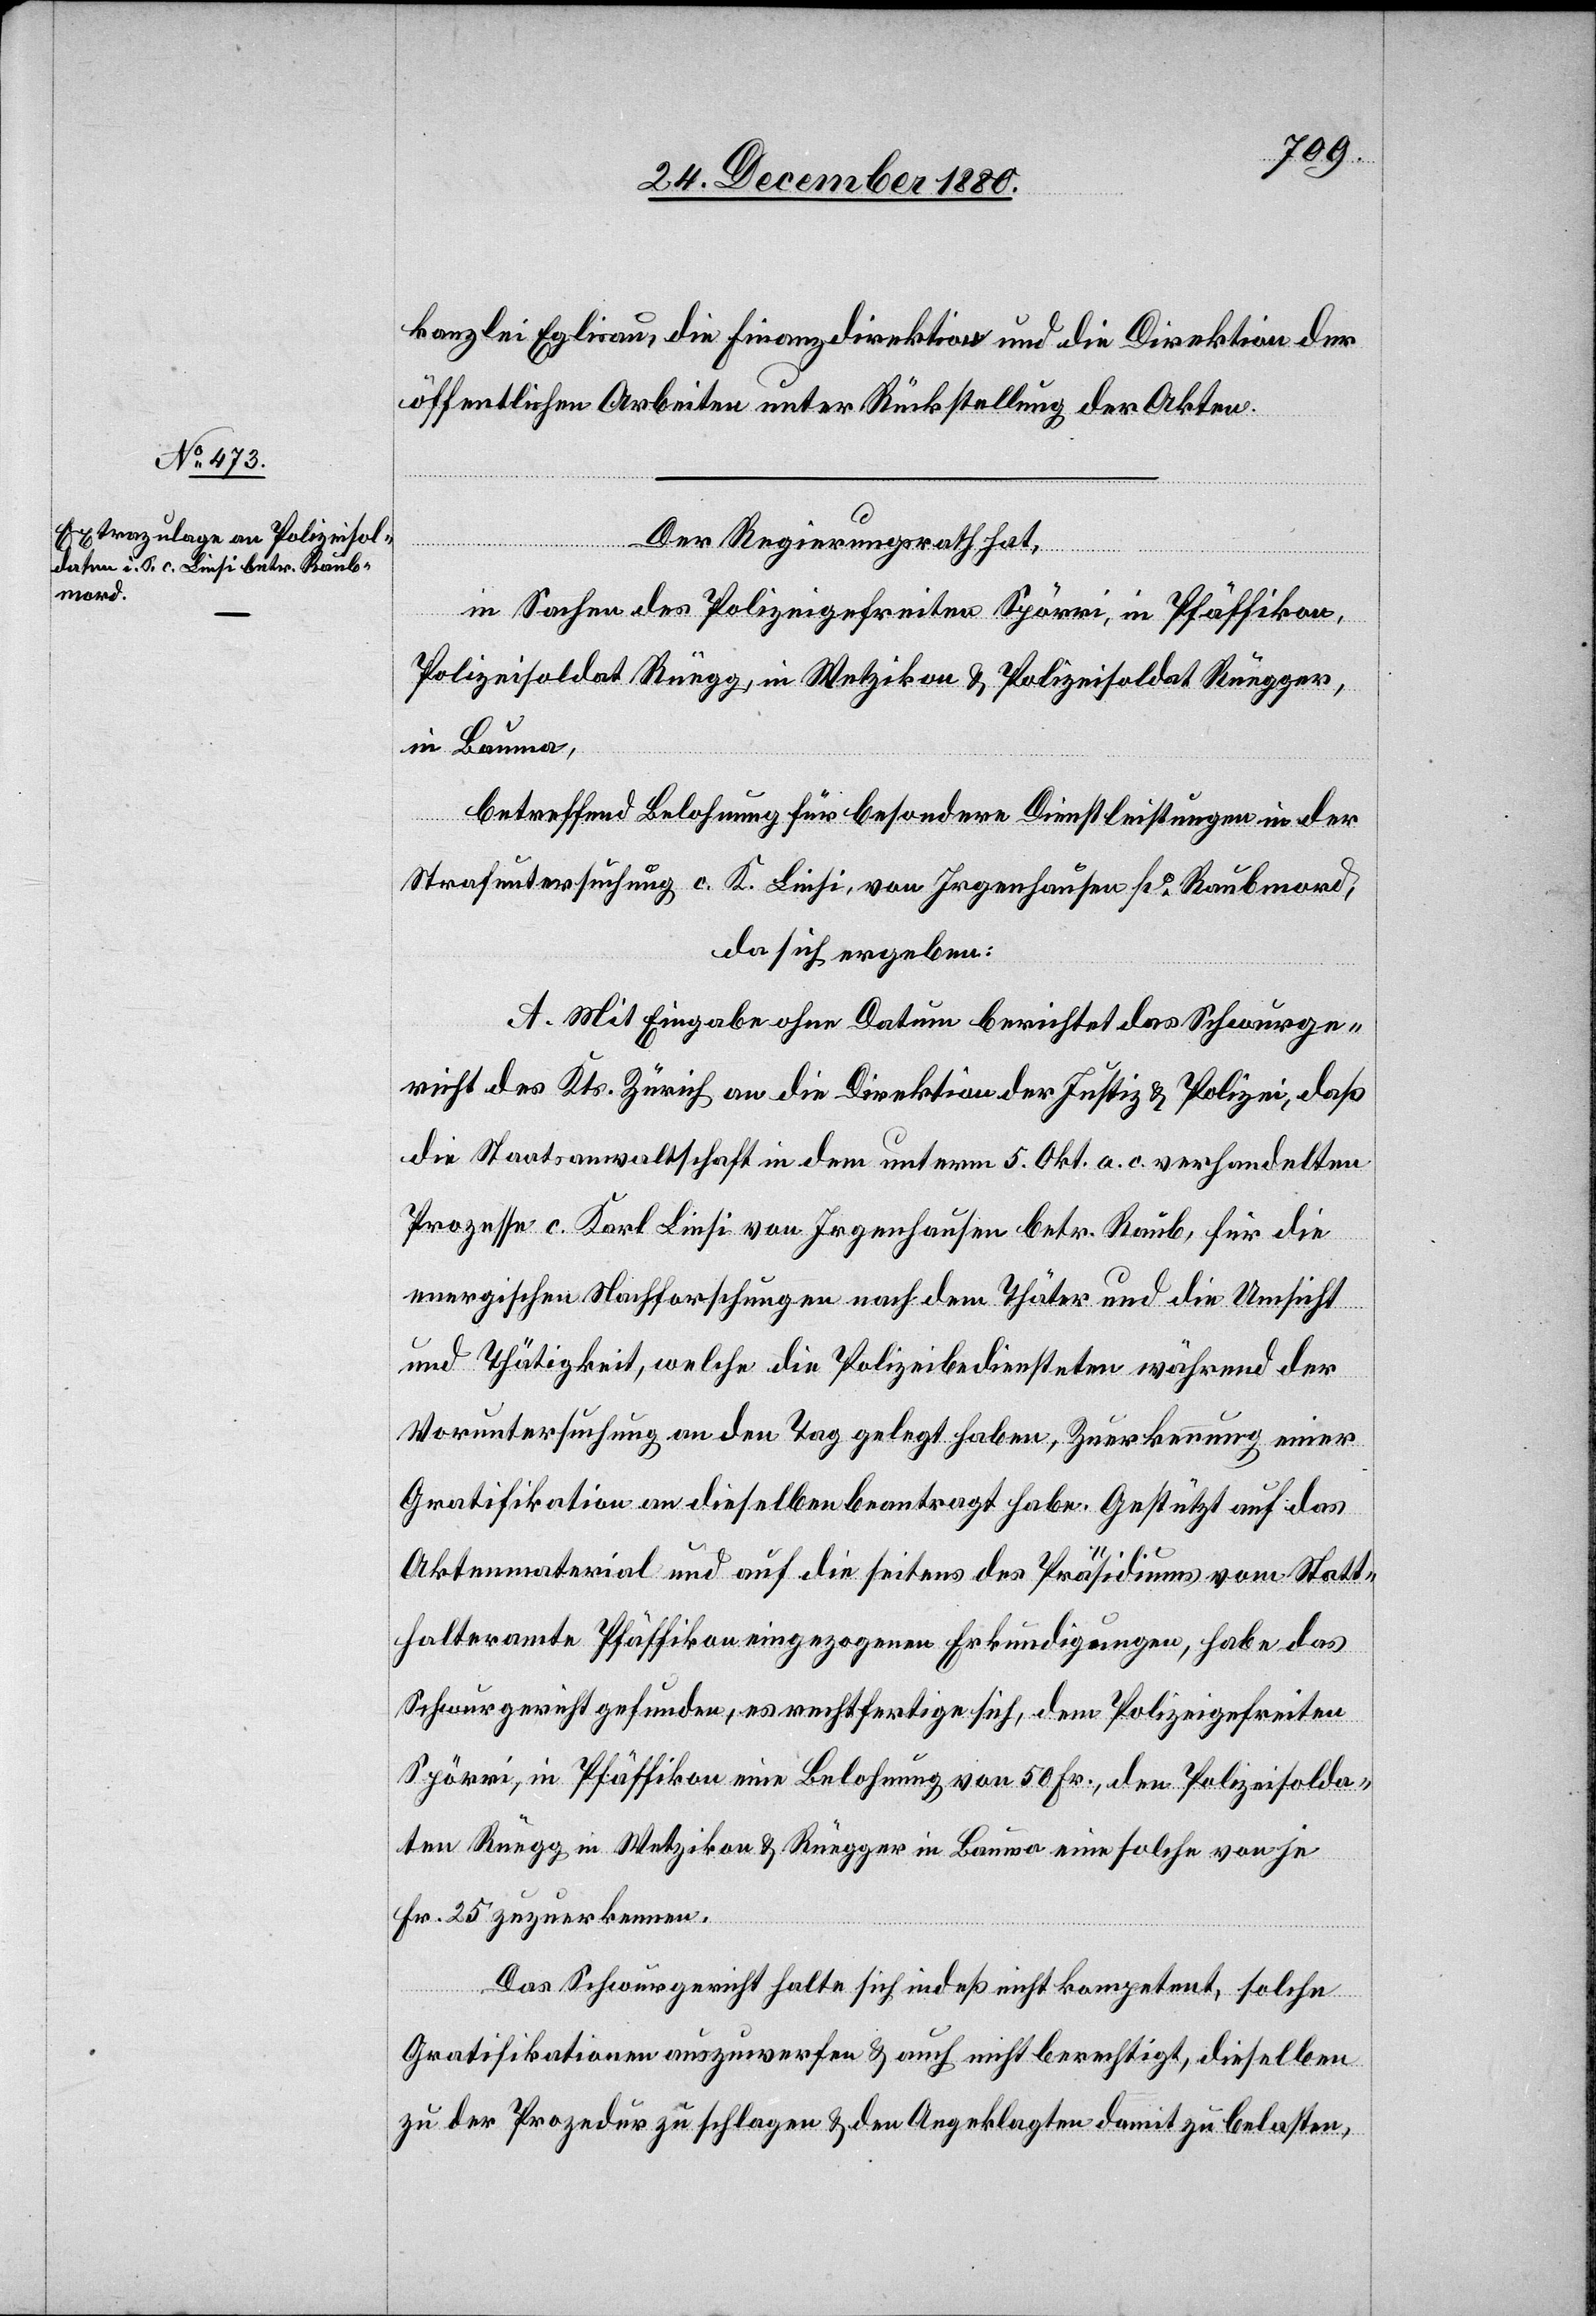
Der Regierungsrath hat,
in Sachen des Polizeigefreiten Spörri, in Pfäffikon,
Polizeisoldat Rüegg, in Wetzikon & Polizeisoldat Rüegger,
in Bauma,
betreffend Belohnung für besondere Dienstleistungen in der
Strafuntersuchung c. K. Linsi, von Irgenhausen po Raubmord,
da sich ergeben:
A. Mit Eingabe ohne Datum berichtet das Schwurge¬
richt des Kts. Zürich an die Direktion der Justiz & Polizei, daß
die Staatsanwaltschaft in dem unterm 5. Okt. a. c. verhandelten
Prozesse c. Karl Linsi von Irgenhausen betr. Raub, für die
energischen Nachforschungen nach dem Thäter und die Umsicht
und Thätigkeit, welche die Polizeibediensteten während der
Voruntersuchung an den Tag gelegt haben, Zuerkennung einer
Gratifikation an dieselben beantragt haben. Gestützt auf das
25
Aktenmaterial und auf die seitens des Präsidiums vom Statt¬
halteramte Pfäffikon eingezogenen Erkundigungen, habe das
Schwurgericht gefunden, es rechtfertigt sich, dem Polizeigefreiten
Spörri, in Pfäffikon eine Belohnung von 50 Fr., den Polizeisolda¬
ten Rüegg in Wetzikon & Rüegger in Bauma eine solche von je
Fr. zuzuerkennen.
Das Schwurgericht halte sich indeß nicht kompetent, solche
Gratifikationen auszuwerfen & auch nicht berechtigt, dieselben
zu der Prozedur zu schlagen & den Angeklagten damit zu belasten,